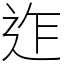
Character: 迮